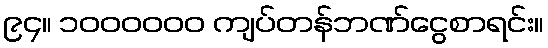
၉၄။ ၁၀၀၀၀၀၀ ကျပ်တန်ဘဏ်ငွေစာရင်း။